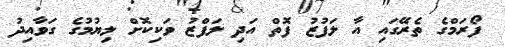
ފޯރަމްގެ ތެރޭގައި އާ ލަފުޒު ފޮތް އަދި ލަފްޒު ވަކިކޮށް ލިޔުމުގެ ގަވާއިދު